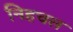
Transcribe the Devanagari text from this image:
निहचल